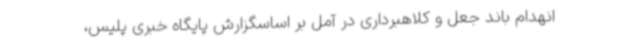
انهدام باند جعل و کلاهبرداری در آمل بر اساسگزارش پایگاه خبری پلیس،